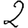
Digit: 2